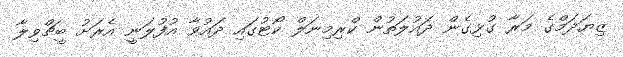
ޒިޔަދަމްގެ މަރާ ގުޅިގެން ދައުލަތުން ކްރިމިނަލް ކޯޓުގައި ދައުވާ އުފުލަނީ އެރަށު ބީޗްވިލާ